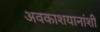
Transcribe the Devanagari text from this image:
अवकाशयानांशी